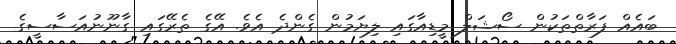
ބައެއް ފަރާތްތަކުން ސޯޝަލް މީޑިއާގައި ލިޔަމުން ގެންދެ އެވެ. އޭގެ ތެރޭގައި ގާނޫނުއަސާސީގެ